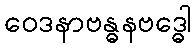
ဝေဒနာဗန္ဓနဗဒ္ဓေါ